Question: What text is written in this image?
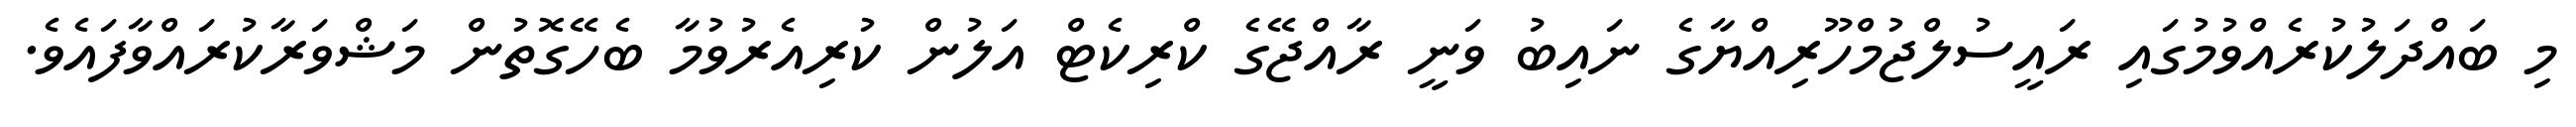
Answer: މި ބައްދަލުކުރެއްވުމުގައި ރައީސުލްޖުމްހޫރިއްޔާގެ ނައިބު ވަނީ ރާއްޖޭގެ ކްރިކެޓް އަލުން ކުރިއެރުވުމާ ބެހޭގޮތުން މަޝްވަރާކުރައްވާފައެވެ.